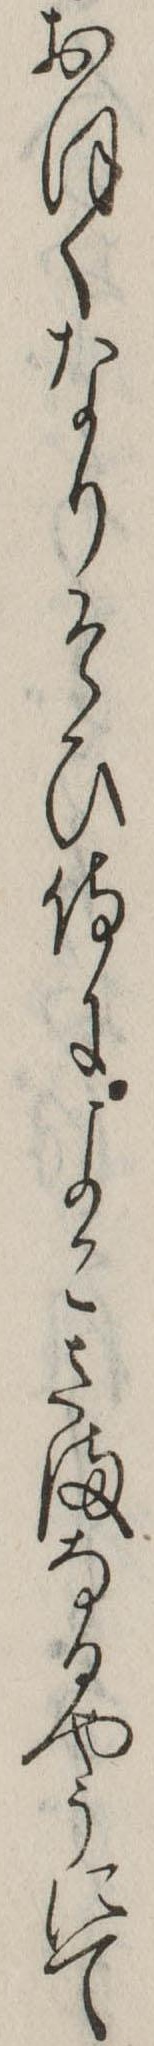
おほくなりそひ侍によこさまなるやうにて